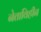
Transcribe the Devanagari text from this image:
नेताविहीन